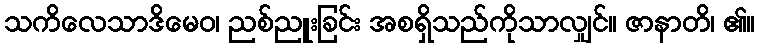
သကိလေသာဒိမေဝ၊ ညစ်ညူးခြင်း အစရှိသည်ကိုသာလျှင်။ ဇာနာတိ၊ ၏။